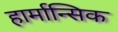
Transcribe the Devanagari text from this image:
हार्मान्सिक